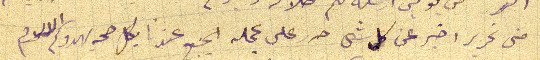
منى تحرير اخير عن كل شى حرر على عجله الجميع عندنا بكل صحه يهدوكم الاسلام